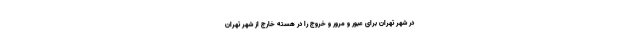
در شهر تهران برای عبور و مرور و خروج را در هسته خارج از شهر تهران